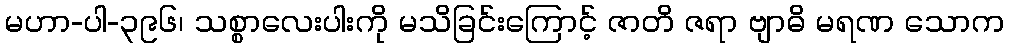
မဟာ-ပါ-၃၉၆၊ သစ္စာလေးပါးကို မသိခြင်းကြောင့် ဇာတိ ဇရာ ဗျာဓိ မရဏ သောက